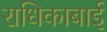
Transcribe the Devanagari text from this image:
राधिकाबाई